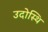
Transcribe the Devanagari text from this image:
उदोस्थि